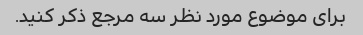
برای موضوع مورد نظر سه مرجع ذکر کنید.